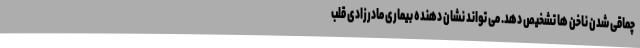
چماقی شدن ناخن ها تشخیص دهد. می تواند نشان دهنده بیماری مادرزادی قلب